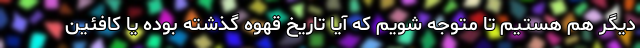
دیگر هم هستیم تا متوجه شویم که آیا تاریخ قهوه گذشته بوده یا کافئین